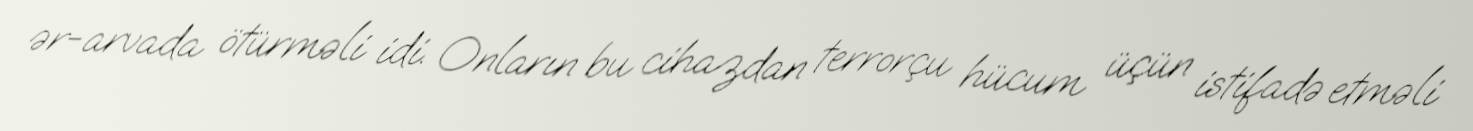
ər-arvada ötürməli idi. Onların bu cihazdan terrorçu hücum üçün istifadə etməli